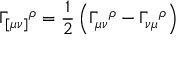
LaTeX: \Gamma _ { [ \mu \nu ] } { } ^ { \rho } = \frac { 1 } { 2 } \left( \Gamma _ { \mu \nu } { } ^ { \rho } - \Gamma _ { \nu \mu } { } ^ { \rho } \right)